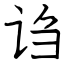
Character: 诌